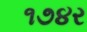
૧૭૪ર